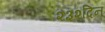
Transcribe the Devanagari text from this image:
२३२दिन